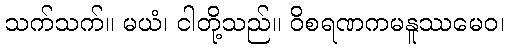
သက်သက်။ မယံ၊ ငါတို့သည်။ ဝိစရဏကမနူဿမေဝ၊